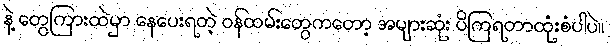
နဲ့ တွေကြားထဲမှာ နေပေးရတဲ့ ဝန်ထမ်းတွေကတော့ အများဆုံး ပိကြရတာထုံးစံပါပဲ။